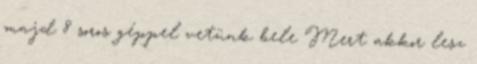
majd 8 soros géppel vetünk bele Mert akkor lesz